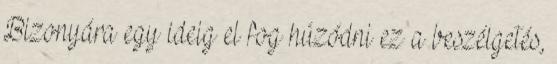
Bizonyára egy ideig el fog húzódni ez a beszélgetés,